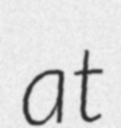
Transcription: at